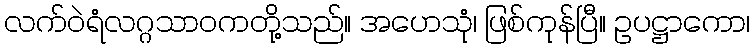
လက်ဝဲရံလဂ္ဂသာဝကတို့သည်။ အဟေသုံ၊ ဖြစ်ကုန်ပြီ။ ဥပဋ္ဌာကော၊